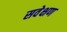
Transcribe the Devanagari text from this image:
सवेक्षण